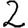
Digit: 2